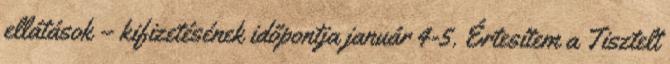
ellátások – kifizetésének időpontja január 4-5. Értesítem a Tisztelt